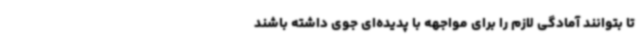
تا بتوانند آمادگی لازم را برای مواجهه با پدیده‌ای جوی داشته باشند